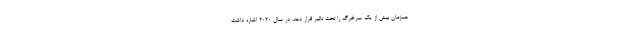
همزمان بیش از یک سرخرگ را تحت تاثیر قرار دهد. در سال 2020 اشاره داشت